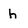
Character: h